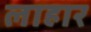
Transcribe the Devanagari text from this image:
लाहार